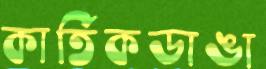
কার্তিকডাঙা